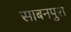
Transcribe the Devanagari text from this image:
साबनपुरा